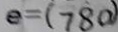
e = ( 7 8 0 )